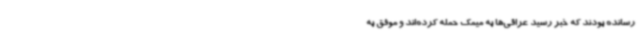
رسانده بودند که خبر رسید عراقی‌ها به میمک حمله کرده‌اند و موفق به